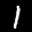
Label: 1